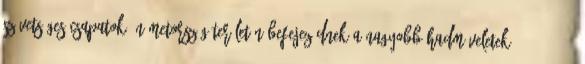
szövetséges csapatok. Németország területén befejezõdnek a nagyobb hadmûveletek. 1945.05.06.